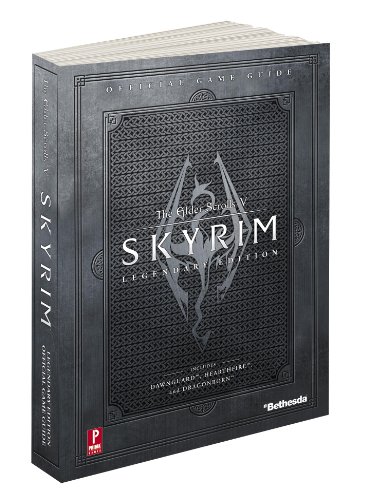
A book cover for Elder Scrolls V: Skyrim Legendary Standard Edition: Prima Official Game Guide (Prima Official Game Guides); David Hodgson; Humor & Entertainment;